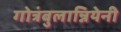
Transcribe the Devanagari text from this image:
गोत्रंबुलान्नियेनी